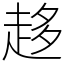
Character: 趍